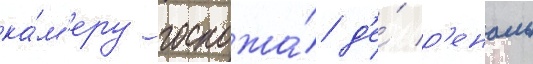
ка́м'еру госпожа́ д'е́ р'еналь